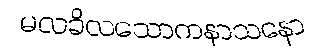
မလခိလသောကနာသနော